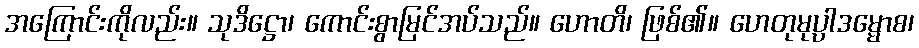
အကြောင်းကိုလည်း။ သုဒိဋ္ဌော၊ ကောင်းစွာမြင်အပ်သည်။ ဟောတိ၊ ဖြစ်၏။ ဟေတုမုပ္ပါဒမ္မောစ၊